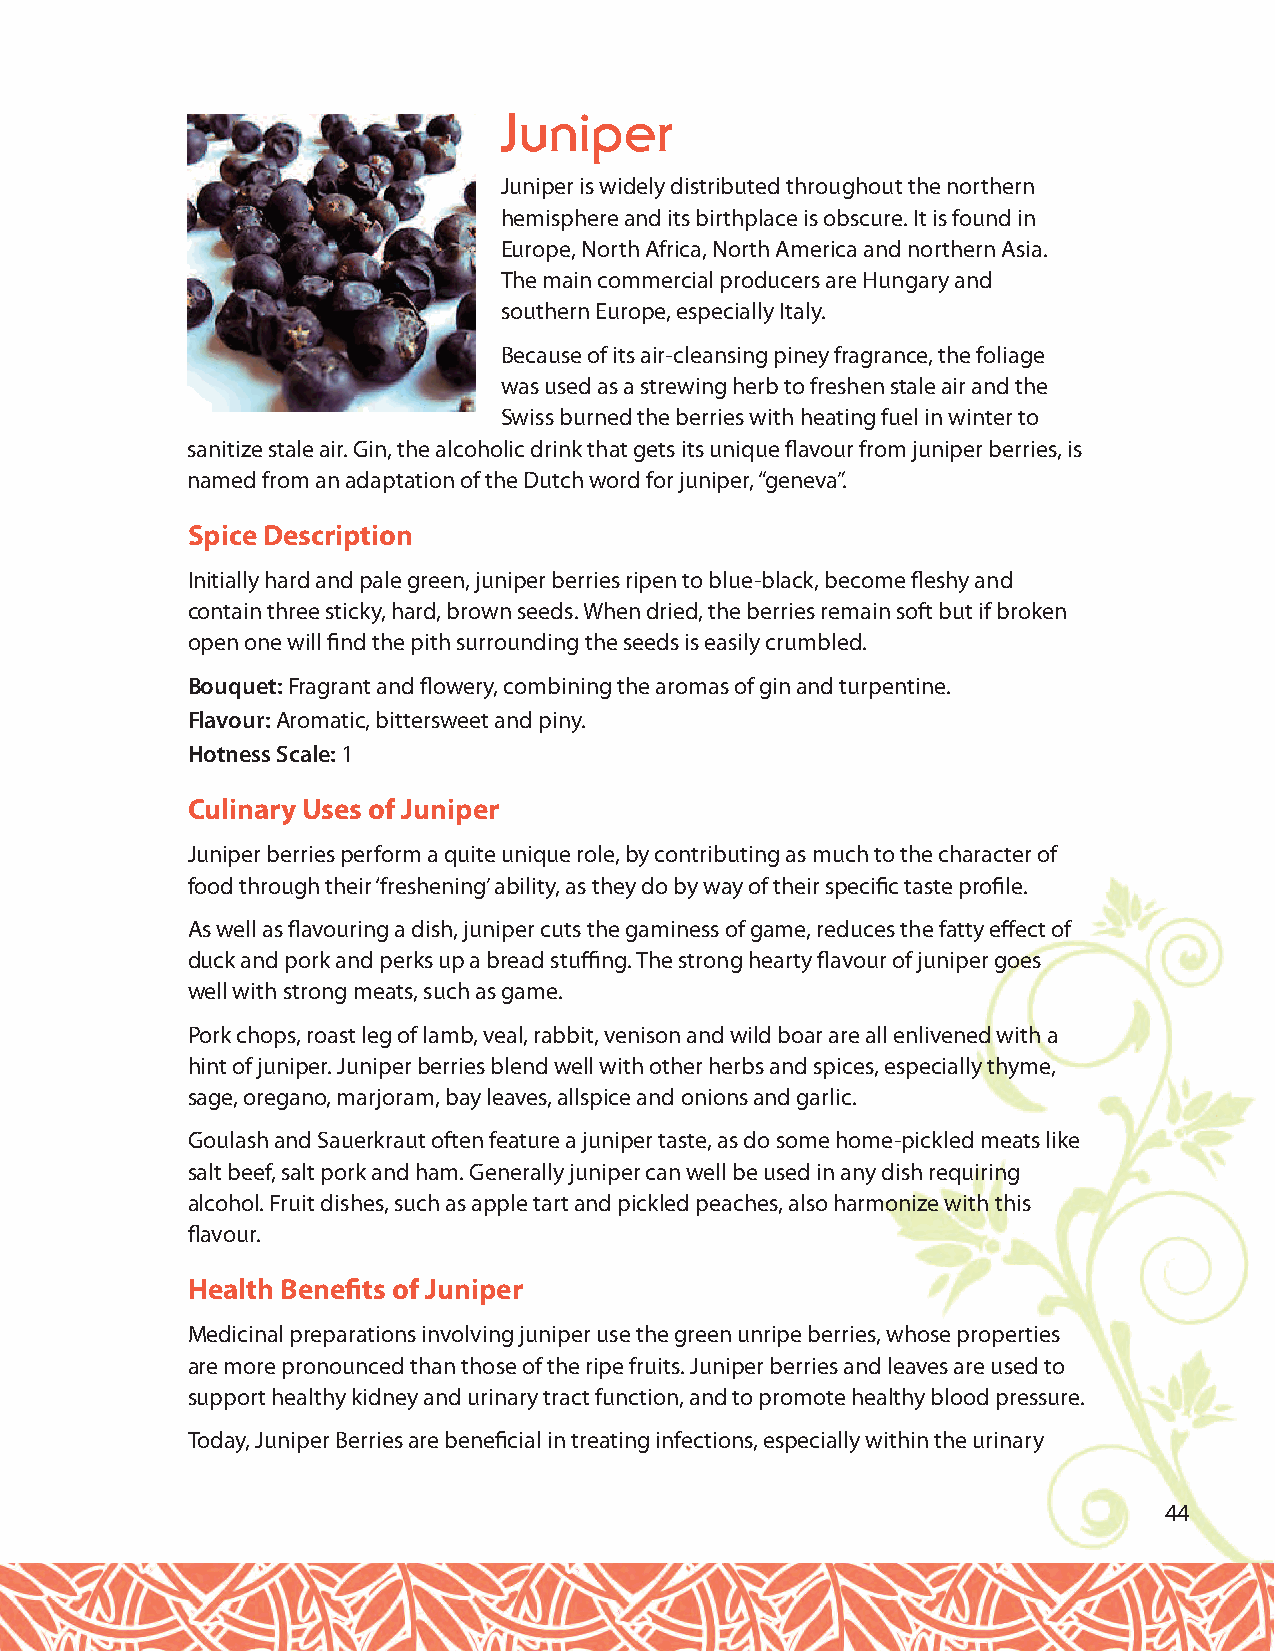
Juniper
 Juniper is widely distributed throughout the northern
 hemisphere and its birthplace is obscure. It is found in
 Europe, North Africa, North America and northern Asia.
 The main commercial producers are Hungary and
 southern Europe, especially Italy.
 Because of its air-cleansing piney fragrance, the foliage
 was used as a strewing herb to freshen stale air and the
 Swiss burned the berries with heating fuel in winter to
 sanitize stale air. Gin, the alcoholic drink that gets its unique flavour from juniper berries, is
 named from an adaptation of the Dutch word for juniper, “geneva”.
 Spice Description
 Initially hard and pale green, juniper berries ripen to blue-black, become fleshy and
 contain three sticky, hard, brown seeds. When dried, the berries remain soft but if broken
 open one will find the pith surrounding the seeds is easily crumbled.
 Bouquet:Fragrant and flowery, combining the aromas of gin and turpentine.
 Flavour: Aromatic, bittersweet and piny.
 Hotness Scale: 1
 Culinary Uses of Juniper
 Juniper berries perform a quite unique role, by contributing as much to the character of
 food through their ‘freshening’ ability, as they do by way of their specific taste profile.
 As well as flavouring a dish, juniper cuts the gaminess of game, reduces the fatty effect of
 duck and pork and perks up a bread stuffing. The strong hearty flavour of juniper goes
 well with strong meats, such as game.
 Pork chops, roast leg of lamb, veal, rabbit, venison and wild boar are all enlivened with a
 hint of juniper. Juniper berries blend well with other herbs and spices, especially thyme,
 sage, oregano, marjoram, bay leaves, allspice and onions and garlic.
 Goulash and Sauerkraut often feature a juniper taste, as do some home-pickled meats like
 salt beef, salt pork and ham. Generally juniper can well be used in any dish requiring
 alcohol. Fruit dishes, such as apple tart and pickled peaches, also harmonize with this
 flavour.
 Health Benefits of Juniper
 Medicinal preparations involving juniper use the green unripe berries, whose properties
 are more pronounced than those of the ripe fruits. Juniper berries and leaves are used to
 support healthy kidney and urinary tract function, and to promote healthy blood pressure.
 Today, Juniper Berries are beneficial in treating infections, especially within the urinary
 44